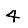
Digit: 4